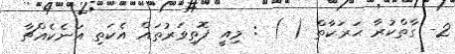
2- ގާތްކުރާ ޙަރަކާތް ( ) : މިއީ ފޮތިވަރުތައް އެކަތި އަނެކެއްޗާ